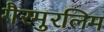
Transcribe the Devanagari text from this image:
गैरमुरलिम